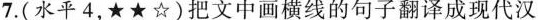
7.(水平4，★★☆)把文中画横线的句子翻译成现代